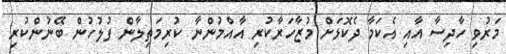
މަރުވި ހާދިސާ އާއި އެކަމާ ދެކޮޅަށް މުޒާހަރާކުރި އާއްމުންނާ ކުރިމަތިލާން ފުލުހުން ބޭނުންކުރި